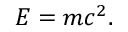
E = m c ^ { 2 } .